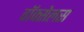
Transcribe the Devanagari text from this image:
वॉक्सेलस